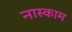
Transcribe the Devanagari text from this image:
नास्काम